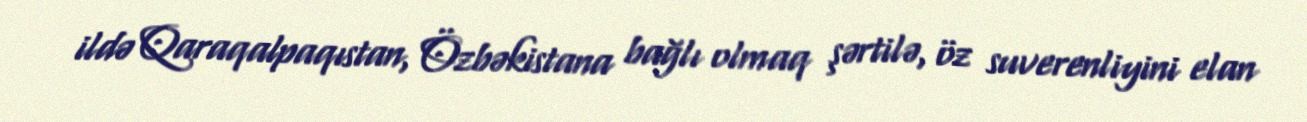
ildə Qaraqalpaqıstan, Özbəkistana bağlı olmaq şərtilə, öz suverenliyini elan